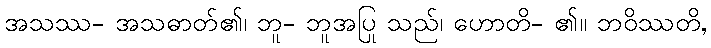
အသဿ- အသဓာတ်၏၊ ဘူ- ဘူအပြု သည်၊ ဟောတိ- ၏။ ဘဝိဿတိ,